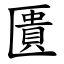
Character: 匱